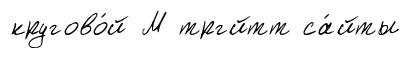
кругово́й М тргйтт са́йты